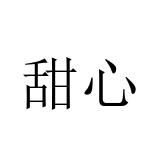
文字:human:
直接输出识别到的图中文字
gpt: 甜心